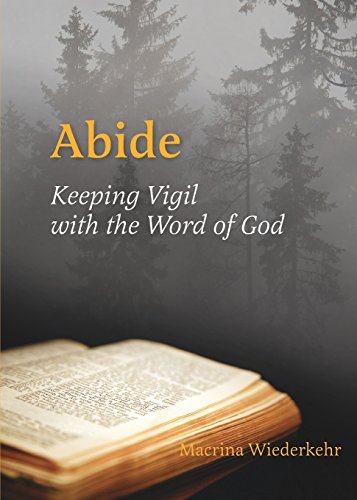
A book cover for Abide: Keeping Vigil with the Word of God; Macrina Wiederkehr OSB; Christian Books & Bibles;